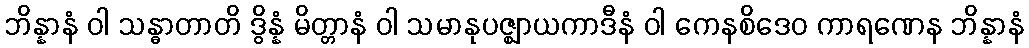
ဘိန္နာနံ ဝါ သန္ဓာတာတိ ဒွိန္နံ မိတ္တာနံ ဝါ သမာနုပဇ္ဈာယကာဒီနံ ဝါ ကေနစိဒေဝ ကာရဏေန ဘိန္နာနံ